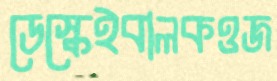
ডেস্কেইবালকওজ